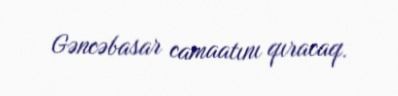
Gəncəbasar camaatını qıracaq.